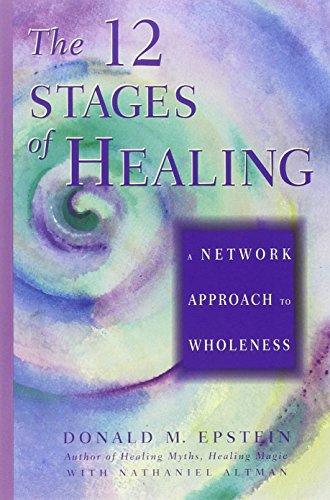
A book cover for The 12 Stages of Healing: A Network Approach to Wholeness; Donald M. Epstein; Health, Fitness & Dieting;